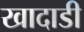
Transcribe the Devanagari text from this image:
खादाडी